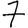
Digit: 7